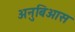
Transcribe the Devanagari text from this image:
अनुबिआस